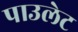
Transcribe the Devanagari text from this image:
पाउलेट